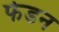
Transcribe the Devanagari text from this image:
फेडन